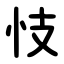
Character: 忮